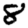
Digit: 8